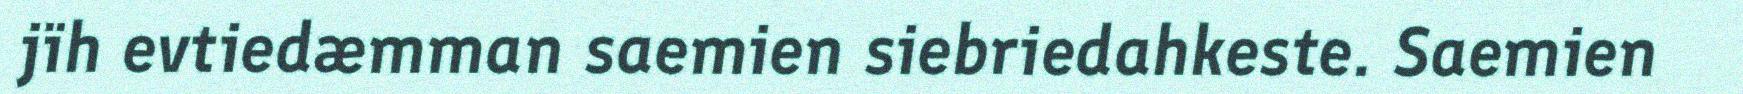
jïh evtiedæmman saemien siebriedahkeste. Saemien